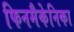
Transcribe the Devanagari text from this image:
फिनमैकेनिका